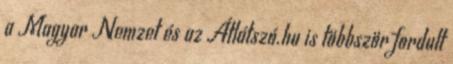
a Magyar Nemzet és az Átlátszó.hu is többször fordult